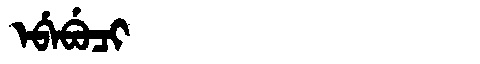
Manchu: ᡝᠪᡝᠪᡠᠴᡳ
Romanization: EBEBUCI